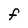
Character: F